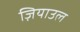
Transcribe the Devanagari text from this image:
ज़ियाउल